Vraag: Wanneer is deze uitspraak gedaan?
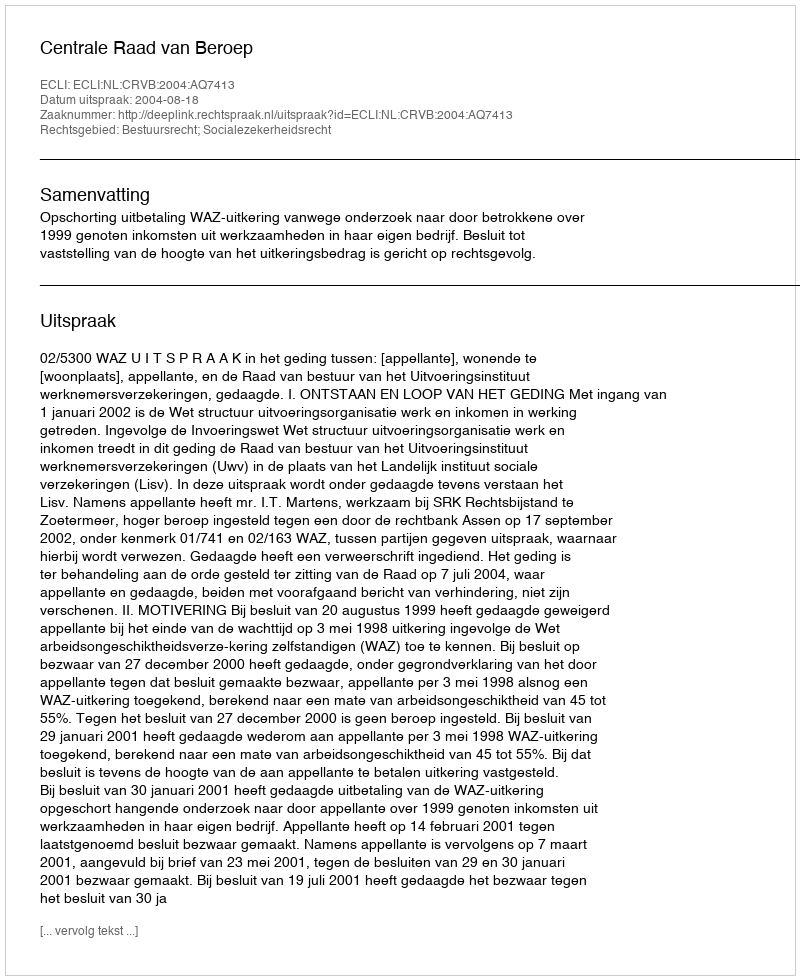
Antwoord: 2004-08-18